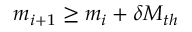
m _ { i + 1 } \ge m _ { i } + \delta M _ { t h }